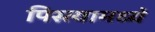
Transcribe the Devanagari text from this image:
पिस्त्यामध्ये